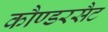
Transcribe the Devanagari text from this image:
कौण्डरसैट